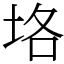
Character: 垎